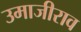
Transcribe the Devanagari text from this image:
उमाजीराव